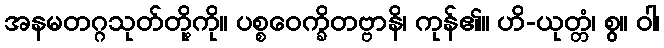
အနမတဂ္ဂသုတ်တို့ကို။ ပစ္စဝေက္ခိတဗ္ဗာနိ၊ ကုန်၏။ ဟိ-ယုတ္တံ၊ စွ။ ဝါ၊